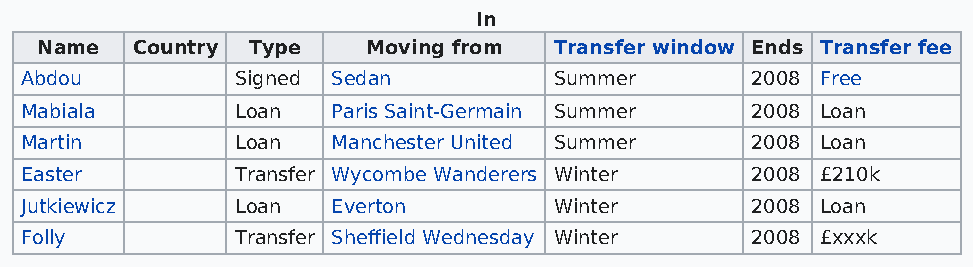
In
 Name   Country Type   Moving from  Transfer window Ends Transfer fee
 Abdou          Signed Sedan         Summer       2008 Free
 Mabiala        Loan  Paris Saint-Germain Summer  2008 Loan
 Martin         Loan  Manchester United Summer    2008 Loan
 Easter         Transfer Wycombe Wanderers Winter 2008 £210k
 Jutkiewicz     Loan  Everton        Winter       2008 Loan
 Folly          Transfer Sheffield Wednesday Winter 2008 £xxxk